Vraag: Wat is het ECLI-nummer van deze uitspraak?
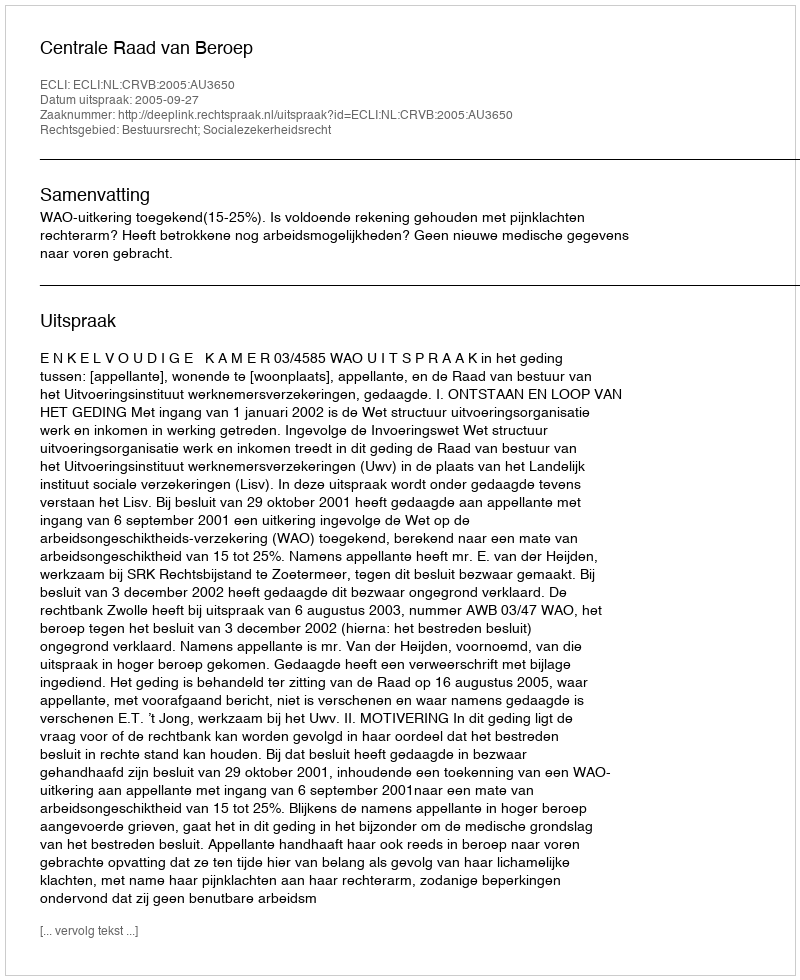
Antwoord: ECLI:NL:CRVB:2005:AU3650